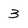
Character: 3